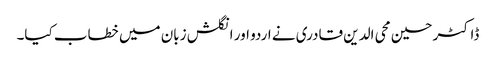
ڈاکٹر حسین محی الدین قادری نے اردو اور انگلش زبان میں خطاب کیا۔